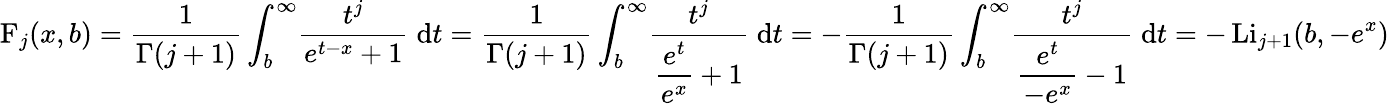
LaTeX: \operatorname{F}_{j}(x,b)={\frac{1}{\Gamma(j+1)}}\int_{b}^{\infty}\! {\frac{t^{j}}{e^{t-x}+1}}\; \mathrm{d}t={\frac{1}{\Gamma(j+1)}}\int_{b}^{\infty}\! {\frac{t^{j}}{\displaystyle{\frac{e^{t}}{e^{x}}}+1}}\; \mathrm{d}t=-{\frac{1}{\Gamma(j+1)}}\int_{b}^{\infty}\! {\frac{t^{j}}{\displaystyle{\frac{e^{t}}{-e^{x}}}-1}}\; \mathrm{d}t=-\operatorname{Li}_{j+1}(b,-e^{x})